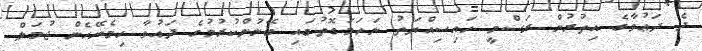
ދެ ދަޢުވާގެ އިތުރުން ރަސްމީ ހައިސިއްޔަތު ނަހަމަގޮތުގައި ބޭނުންކުރުމުގެ ދައުވާ ހިމެނޭހެން ޖުމަލް